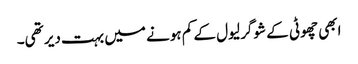
ابھی چھوٹی کے شوگر لیول کے کم ہونے میں بہت دیر تھی۔